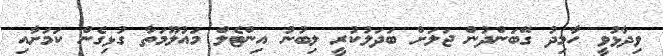
ވިދާޅުވީ ހާމިދު ގޭބަންދުން ޖަލަށް ބަދަލުކުރީ ލިބުނު އިންޓެލް މައުލޫމަތާ ގުޅިގެން ކަމަށާއި